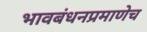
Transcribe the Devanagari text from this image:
भावबंधनप्रमाणेच